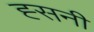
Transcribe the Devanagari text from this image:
ह्सनी